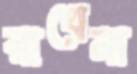
রাখেনা